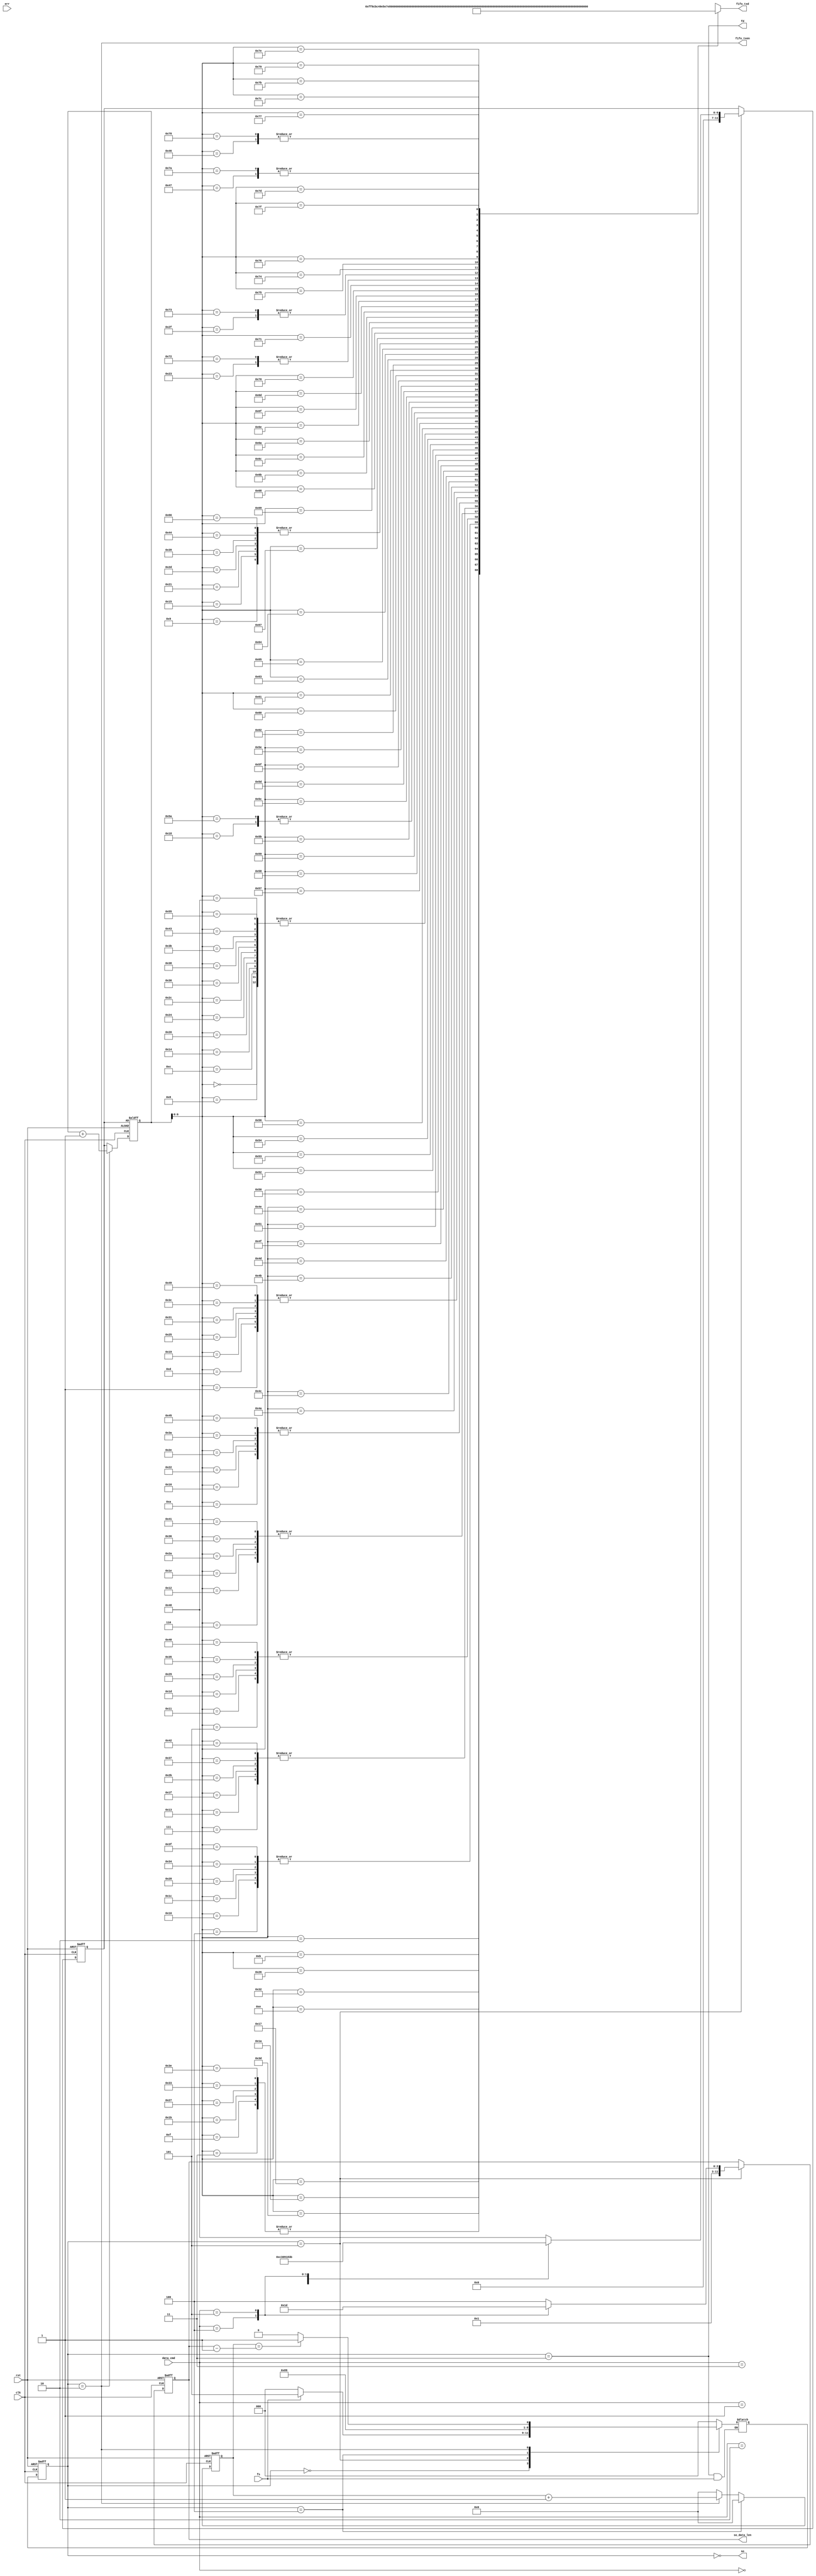
module fifo_write
(
    input clk,
    input rst,
    input err,

    output [7:0] fifo_txd,
    output fifo_txen,

    input fs,
    output fd,
    output [3:0] so,
    input [3:0] data_cmd,
    output [11:0] so_data_len
);


    wire[7:0] cache_data[127:0];  
    reg [2:0] state, next_state;
    assign so = ~state;

    localparam [2:0] IDLE = 3'h0,  WORK = 3'h2, LAST = 3'h3, HEAD = 3'h4;
    localparam [2:0] TEST = 3'h5;

    reg [11:0] data_len, data_num;

    reg [11:0] bag_num, fifo_num;
    assign fd = (state == LAST);
    assign fifo_txen = (state == WORK);
    assign fifo_txd = cache_data[bag_num];
    assign so_data_len = data_len;


// #region   
    assign cache_data[0] = 8'h55;
    assign cache_data[1] = 8'hAA;
    assign cache_data[2] = 8'hFF;
    assign cache_data[3] = 8'h14;
    assign cache_data[4] = 8'h86;
    assign cache_data[5] = 8'h84;
    assign cache_data[6] = 8'h33;
    assign cache_data[7] = 8'h44;
    assign cache_data[8] = 8'h55;
    assign cache_data[9] = 8'h66;
    assign cache_data[10] = 8'h3D;
    assign cache_data[11] = 8'h8C;

    assign cache_data[12] = 8'h55;
    assign cache_data[13] = 8'hAA;
    assign cache_data[14] = 8'hBC;
    assign cache_data[15] = 8'h14;
    assign cache_data[16] = 8'h86;
    assign cache_data[17] = 8'h84;
    assign cache_data[18] = 8'h33;
    assign cache_data[19] = 8'h44;
    assign cache_data[20] = 8'h55;
    assign cache_data[21] = 8'h66;
    assign cache_data[22] = 8'h3D;
    assign cache_data[23] = 8'h49;

    assign cache_data[24] = 8'h5A;
    assign cache_data[25] = 8'hAA;
    assign cache_data[26] = 8'hE5;
    assign cache_data[27] = 8'h14;
    assign cache_data[28] = 8'h86;
    assign cache_data[29] = 8'h84;
    assign cache_data[30] = 8'h33;
    assign cache_data[31] = 8'h44;
    assign cache_data[32] = 8'h55;
    assign cache_data[33] = 8'h66;
    assign cache_data[34] = 8'h3D;
    assign cache_data[35] = 8'h72;

    assign cache_data[36] = 8'h55;
    assign cache_data[37] = 8'hAA;
    assign cache_data[38] = 8'hE7;
    assign cache_data[39] = 8'h14;    
    assign cache_data[40] = 8'h86;
    assign cache_data[41] = 8'h84;
    assign cache_data[42] = 8'h33;
    assign cache_data[43] = 8'h44;
    assign cache_data[44] = 8'h55;
    assign cache_data[45] = 8'h66;
    assign cache_data[46] = 8'h3D;
    assign cache_data[47] = 8'h73;

    assign cache_data[48] = 8'h55;
    assign cache_data[49] = 8'hAA;
    assign cache_data[50] = 8'hE9;
    assign cache_data[51] = 8'h14;
    assign cache_data[52] = 8'h86;
    assign cache_data[53] = 8'h84;
    assign cache_data[54] = 8'h33;
    assign cache_data[55] = 8'h44;
    assign cache_data[56] = 8'h55;
    assign cache_data[57] = 8'h66;
    assign cache_data[58] = 8'h3D;

    assign cache_data[59] = 8'h55;
    assign cache_data[60] = 8'hAA;
    assign cache_data[61] = 8'hEA;
    assign cache_data[62] = 8'h14;
    assign cache_data[63] = 8'h86;
    assign cache_data[64] = 8'h84;
    assign cache_data[65] = 8'h33;
    assign cache_data[66] = 8'h44;
    assign cache_data[67] = 8'h55;
    assign cache_data[68] = 8'h66;
    assign cache_data[69] = 8'h3D;
    assign cache_data[70] = 8'h78;
    assign cache_data[71] = 8'h7A;

    assign cache_data[72] = 8'h55;
    assign cache_data[73] = 8'hAA;
    assign cache_data[74] = 8'h01;
    assign cache_data[75] = 8'h02;
    assign cache_data[76] = 8'h03;
    assign cache_data[77] = 8'h04;
    assign cache_data[78] = 8'h05;
    assign cache_data[79] = 8'h06;   
    assign cache_data[80] = 8'h07;
    assign cache_data[81] = 8'h08;
    assign cache_data[82] = 8'h09;
    assign cache_data[83] = 8'h2D;

    assign cache_data[84] = 8'h54;
    assign cache_data[85] = 8'h55;
    assign cache_data[86] = 8'h56;
    assign cache_data[87] = 8'h57;
    assign cache_data[88] = 8'h58;
    assign cache_data[89] = 8'h59;
    assign cache_data[90] = 8'h5A;
    assign cache_data[91] = 8'h5B;
    assign cache_data[92] = 8'h5C;
    assign cache_data[93] = 8'h5D;
    assign cache_data[94] = 8'h5E;
    assign cache_data[95] = 8'h5F;
    assign cache_data[96] = 8'h60;
    assign cache_data[97] = 8'h61;
    assign cache_data[98] = 8'h62;
    assign cache_data[99] = 8'h63;   
    assign cache_data[100] = 8'h64;
    assign cache_data[101] = 8'h65;
    assign cache_data[102] = 8'h66;
    assign cache_data[103] = 8'h67;
    assign cache_data[104] = 8'h68;
    assign cache_data[105] = 8'h69;
    assign cache_data[106] = 8'h6A;
    assign cache_data[107] = 8'h6B;
    assign cache_data[108] = 8'h6C;
    assign cache_data[109] = 8'h6D;
    assign cache_data[110] = 8'h6E;
    assign cache_data[111] = 8'h6F;
    assign cache_data[112] = 8'h70;
    assign cache_data[113] = 8'h71;
    assign cache_data[114] = 8'h72;
    assign cache_data[115] = 8'h73;
    assign cache_data[116] = 8'h74;
    assign cache_data[117] = 8'h75;
    assign cache_data[118] = 8'h76;
    assign cache_data[119] = 8'h77;   
    assign cache_data[120] = 8'h78;
    assign cache_data[121] = 8'h79;
    assign cache_data[122] = 8'h7A;
    assign cache_data[123] = 8'h7B;
    assign cache_data[124] = 8'h7C;
    assign cache_data[125] = 8'h7D;
    assign cache_data[126] = 8'h7E;
    assign cache_data[127] = 8'h7F;

// #endregion
    

    always @(posedge clk or posedge rst) begin
        if(rst) begin
            state <= IDLE;
        end
        else begin
            state <= next_state;
        end
    end

    always @(*) begin
        case (state)
            IDLE: begin
                if(fs) begin
                    next_state <= TEST;
                end
                else begin
                    next_state <= IDLE;
                end
            end
            TEST: begin
                next_state <= HEAD;
            end
            HEAD: begin
                next_state <= WORK;
            end
            WORK: begin
                if(fifo_num == (data_len - 2'h1)) begin
                    next_state <= LAST;
                end
                else next_state <= WORK;
            end
            LAST: begin
                if(fs == 1'b0) begin
                    next_state <= IDLE;
                end
            end
            default: begin
                next_state <= IDLE;
            end
        endcase
    end

    always @(posedge clk or posedge rst) begin
        if(rst) begin
            data_len <= 12'hC;
            data_num <= 12'h48;
            
        end
        else if(state == TEST) begin
            case(data_cmd) 
                    4'h0: begin
                        data_len <= 12'hC;
                        data_num <= 12'h0;
                    end
                    4'h1: begin
                        data_len <= 12'hC;
                        data_num <= 12'hC;
                    end
                    4'h2: begin
                        data_len <= 12'hC;
                        data_num <= 12'h18;
                    end
                    4'h3: begin
                        data_len <= 12'hC;
                        data_num <= 12'h24;
                    end
                    4'h4: begin
                        data_len <= 12'hB;
                        data_num <= 12'h30;
                    end
                    4'h5: begin
                        data_len <= 12'hD;
                        data_num <= 12'h3B;
                    end
                    default: begin
                        data_len <= 12'hC;
                        data_num <= 12'h48;
                    end
            endcase
        end
        else begin
            data_len <= data_len;
            data_num <= data_num;
        end
    end


    always @(posedge clk or posedge rst) begin
        if(rst) begin
            fifo_num <= 12'h000;
        end
        else if(state == HEAD) begin
            fifo_num <= 12'h000;
        end
        else if(state == WORK) begin
            fifo_num <= fifo_num + 1'b1;
        end
        else begin
            fifo_num <= 12'h000;
        end
    end

    always @(posedge clk or posedge rst) begin
        if(rst) begin
            bag_num <= data_num;
        end
        else if(state == WORK) begin
            bag_num <= bag_num + 1'b1;
        end
        else if(state == HEAD)begin
            bag_num <= data_num;
        end
        else begin
            bag_num <= data_num;
        end
    end

endmodule